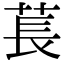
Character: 萇